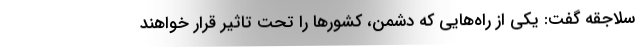
سلاجقه گفت: یکی از راه‌هایی که دشمن، کشورها را تحت تاثیر قرار خواهند